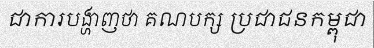
ជាការបង្ហាញថា គណបក្ស ប្រជាជនកម្ពុជា